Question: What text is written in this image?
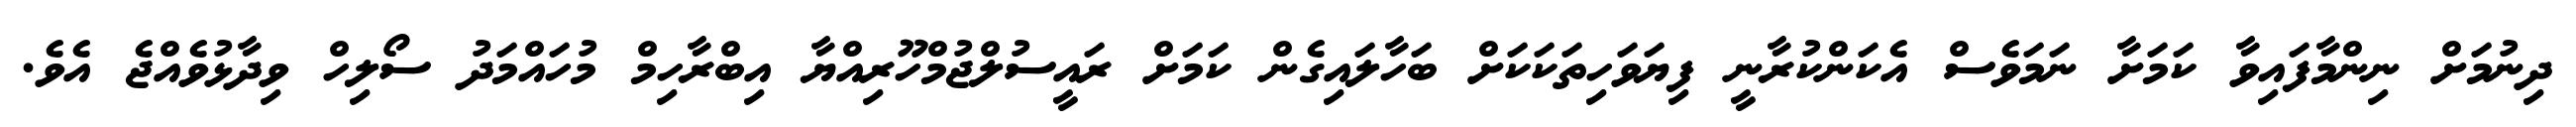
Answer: ދިނުމަށް ނިންމާފައިވާ ކަމަށާ ނަމަވެސް އެކަންކުރާނީ ފިޔަވަހިތަކަކަށް ބަހާލައިގެން ކަމަށް ރައީސުލްޖުމްހޫރިއްޔާ އިބްރާހިމް މުހައްމަދު ސޯލިހް ވިދާޅުވެއްޖެ އެވެ.